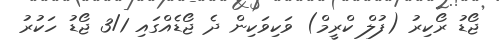
ޖޯޑު ރޯކިރު (ފުލް ކްރީމް) ވަކިވަކިން ދެ ޖޯޑެއްގައި 3/1 ޖޯޑު ހަކުރު